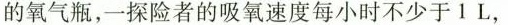
的氧气瓶，一探险者的吸氧速度每小时不少于1L，